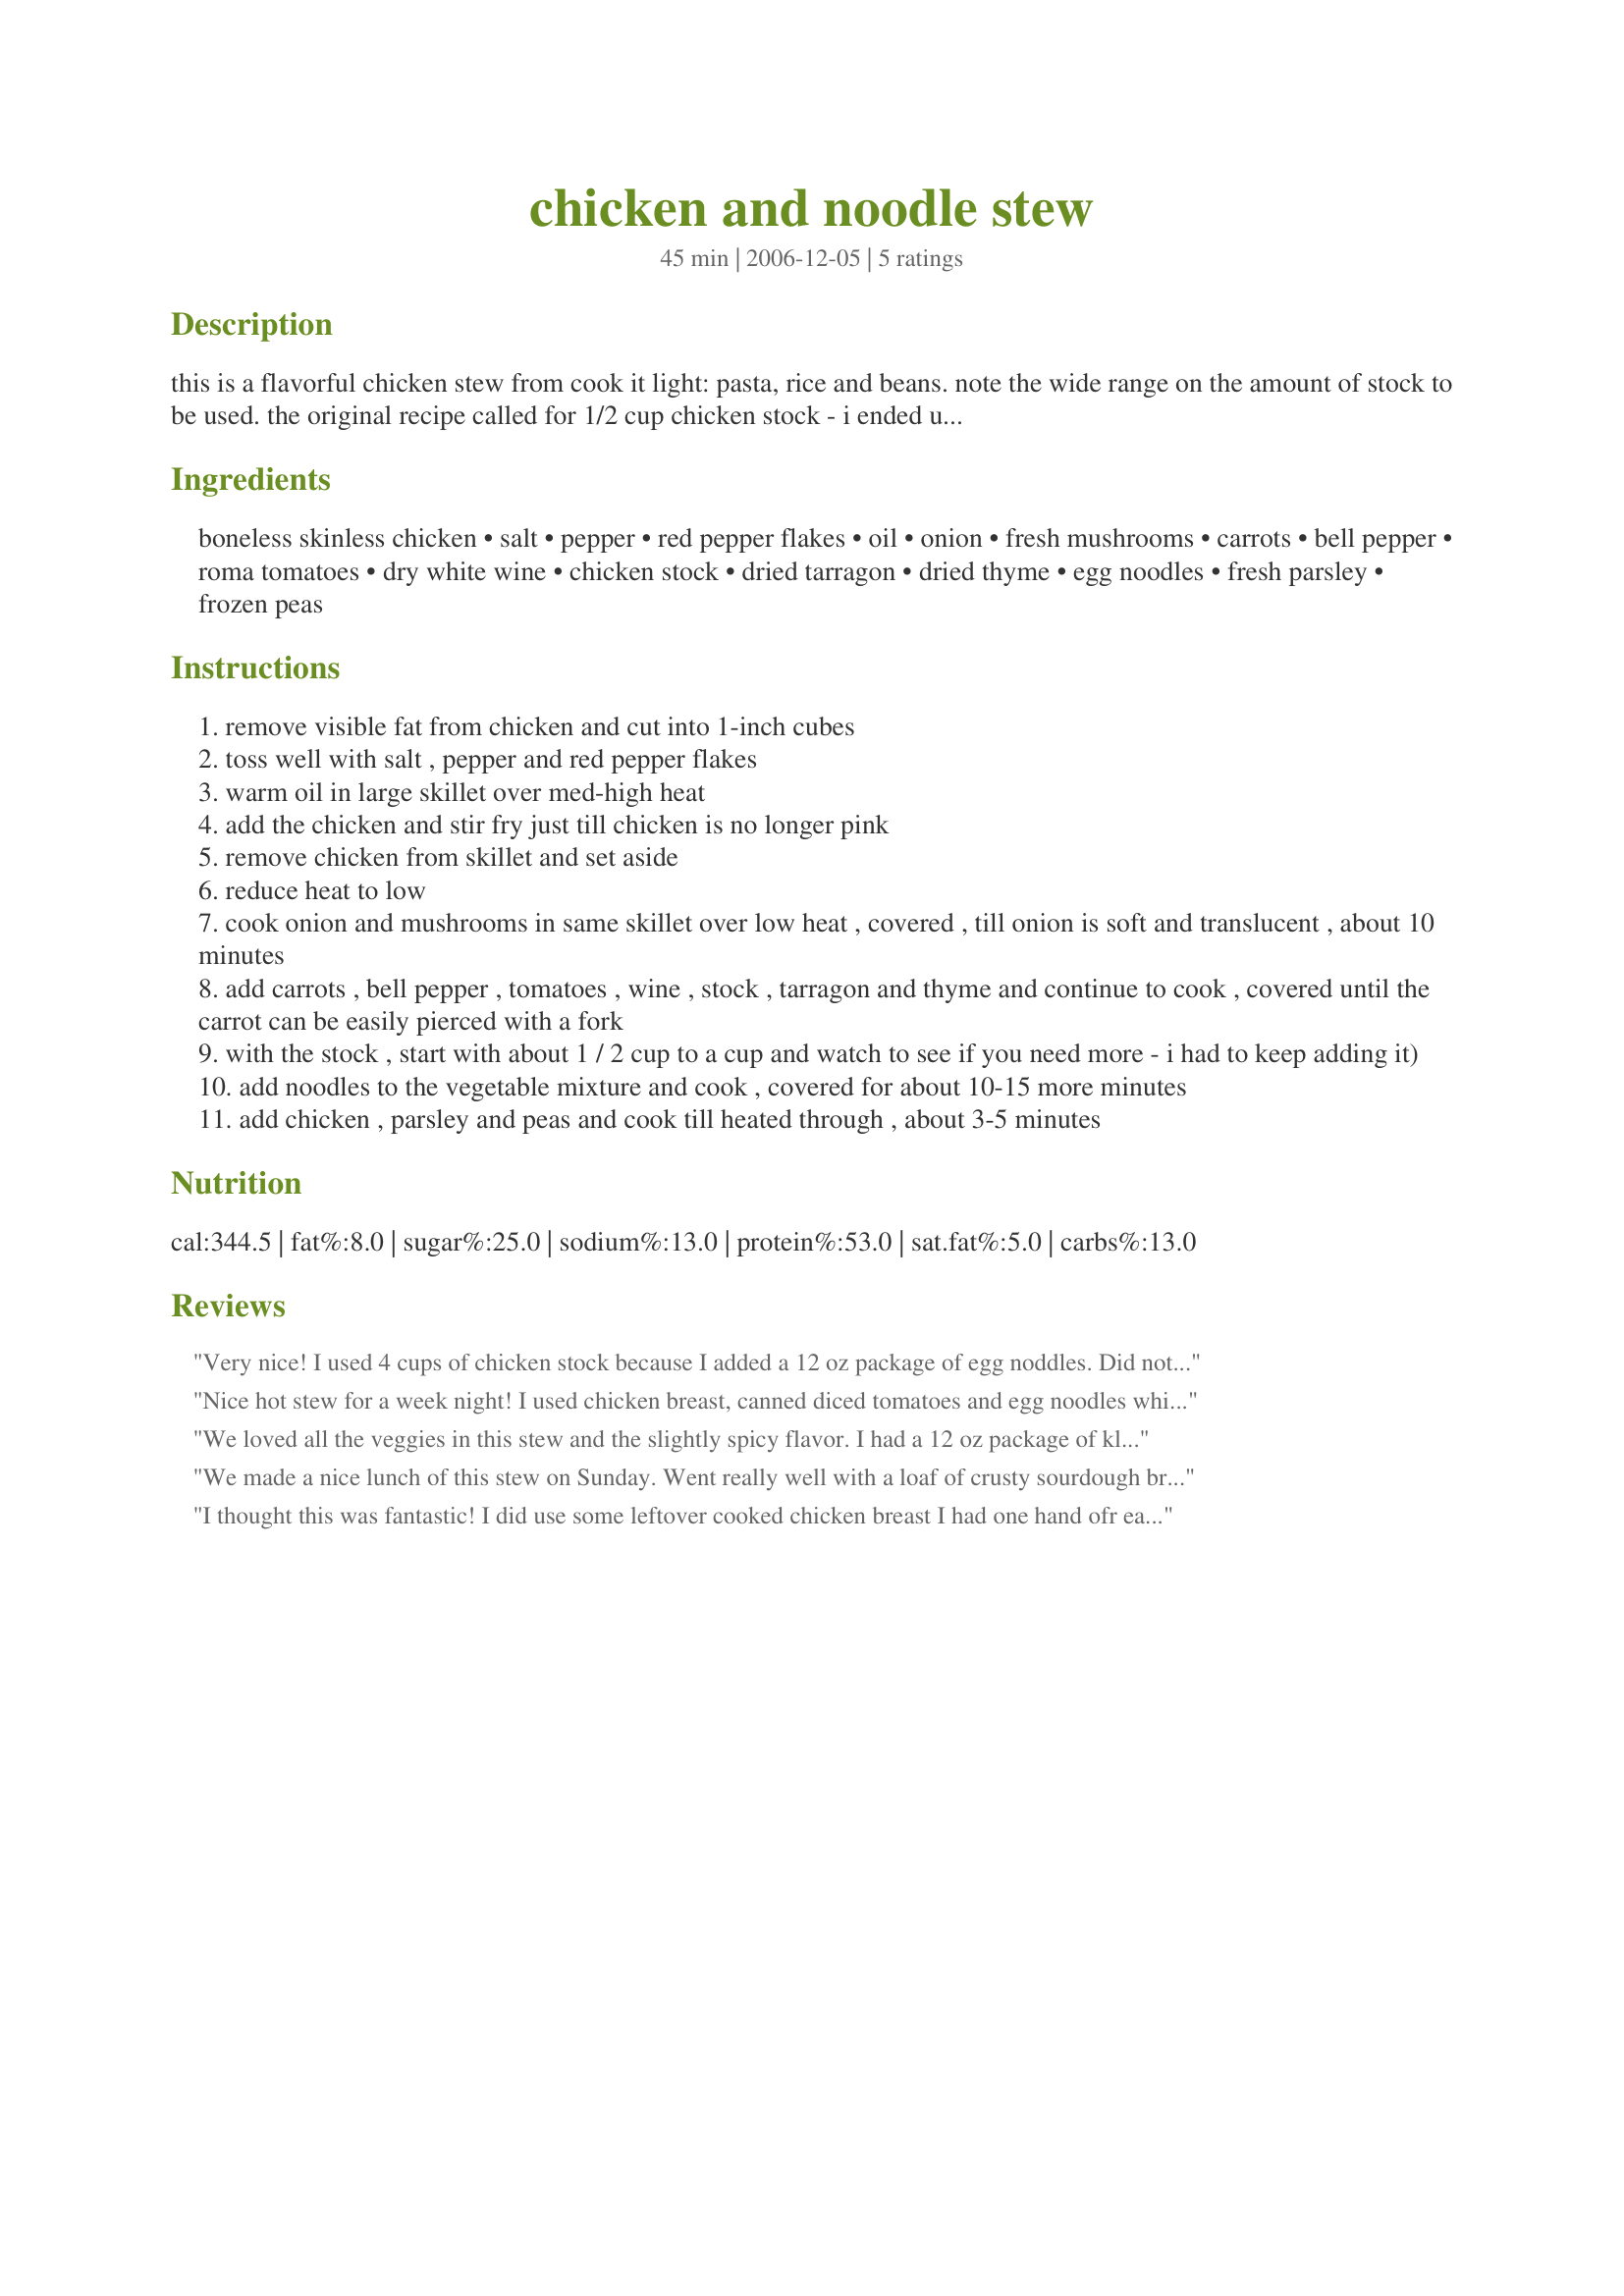
chicken and noodle stew
Preparation time: 45 minutes

this is a flavorful chicken stew from cook it light: pasta, rice and beans. note the wide range on the amount of stock to be used. the original recipe called for 1/2 cup chicken stock - i ended up using 2 cans (about 4 cups). maybe my tomatoes weren't juicy enough. anyway, to cook the noodles in the stew, it needed more than 1/2 cup of stock - cooking the noodles separately would change the amount of stock needed. when i made this, i realized i was out of peas and put in corn, which worked fine, but peas would have been good. i'm sure other vegetables would substitute nicely as well.

Ingredients:
boneless skinless chicken, salt, pepper, red pepper flakes, oil, onion, fresh mushrooms, carrots, bell pepper, roma tomatoes, dry white wine, chicken stock, dried tarragon, dried thyme, egg noodles, fresh parsley, frozen peas

Steps:
remove visible fat from chicken and cut into 1-inch cubes
toss well with salt , pepper and red pepper flakes
warm oil in large skillet over med-high heat
add the chicken and stir fry just till chicken is no longer pink
remove chicken from skillet and set aside
reduce heat to low
cook onion and mushrooms in same skillet over low heat , covered , till onion is soft and translucent , about 10 minutes
add carrots , bell pepper , tomatoes , wine , stock , tarragon and thyme and continue to cook , covered until the carrot can be easily pierced with a fork
with the stock , start with about 1 / 2 cup to a cup and watch to see if you need more - i had to keep adding it)
add noodles to the vegetable mixture and cook , covered for about 10-15 more minutes
add chicken , parsley and peas and cook till heated through , about 3-5 minutes

Reviews:
Very nice! I used 4 cups of chicken stock because I added a 12 oz package of egg noddles. Did not use bell pepper (personal preference). I used fresh tarragon and thyme, I think it makes a difference :)
Nice hot stew for a week night! I used chicken breast, canned diced tomatoes and egg noodles which needed to be cooked in liquid. I ended up using 2 cups of canned chicken broth. Thanks, pattikay in L.A.
We loved all the veggies in this stew and the slightly spicy flavor. I had a 12 oz package of kluski noodles, so I used all of it with 4 cups of chicken broth. I suspect that 1/2 cup would only work with precooked noodles. Like many stews, I bet the leftovers will taste even better. It will certainly be made again.
We made a nice lunch of this stew on Sunday. Went really well with a loaf of crusty sourdough bread I bought. I also added some swiss chard that I had frozen.
I thought this was fantastic! I did use some leftover cooked chicken breast I had one hand ofr ease. I just cooked the mushrooms and onions with the seasonings and some added minced garlic. In place of tarragon I used marjoram and it was a wonderful substitution. I ended up using the 4 cups of stock, plus 1 can of chicken broth. The latter I added after added the veg ( I used chopped brocolli) as the broth was nearly cooked away. This is a fantastic light stew and I plan on making it often. I also used 1/2 of an 8 oz can tomato sauce instead of the diced tomato. which is just a personal preference.
